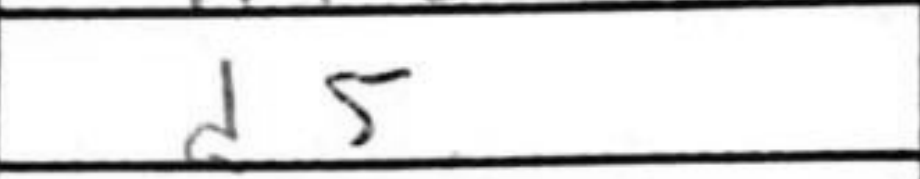
Transcription: d5